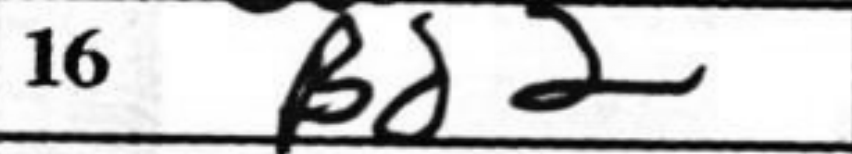
Transcription: Bd2